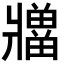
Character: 𪺡